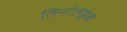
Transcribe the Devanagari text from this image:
लिनोलेइक